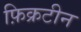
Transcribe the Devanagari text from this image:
फ़िक्रटीन